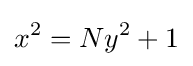
x^{2}=Ny^{2}+1